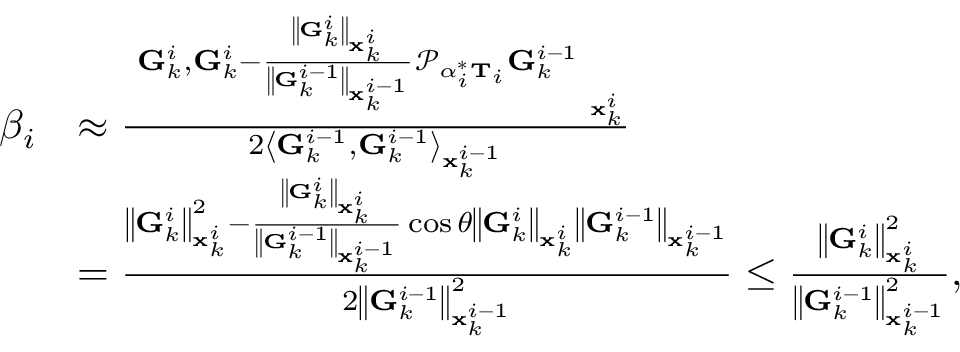
\begin{array} { r l } { \beta _ { i } } & { \approx \frac { \left\langle \mathbf { G } _ { k } ^ { i } , \mathbf { G } _ { k } ^ { i } - \frac { \left\| \mathbf { G } _ { k } ^ { i } \right\| _ { \mathbf { x } _ { k } ^ { i } } } { \left\| \mathbf { G } _ { k } ^ { i - 1 } \right\| _ { \mathbf { x } _ { k } ^ { i - 1 } } } \mathcal { P } _ { \alpha _ { i } ^ { * } \mathbf { T } _ { i } } \mathbf { G } _ { k } ^ { i - 1 } \right\rangle _ { \mathbf { x } _ { k } ^ { i } } } { 2 \left\langle \mathbf { G } _ { k } ^ { i - 1 } , \mathbf { G } _ { k } ^ { i - 1 } \right\rangle _ { \mathbf { x } _ { k } ^ { i - 1 } } } } \\ & { = \frac { \left\| \mathbf { G } _ { k } ^ { i } \right\| _ { \mathbf { x } _ { k } ^ { i } } ^ { 2 } - \frac { \left\| \mathbf { G } _ { k } ^ { i } \right\| _ { \mathbf { x } _ { k } ^ { i } } } { \left\| \mathbf { G } _ { k } ^ { i - 1 } \right\| _ { \mathbf { x } _ { k } ^ { i - 1 } } } \cos \theta \left\| \mathbf { G } _ { k } ^ { i } \right\| _ { \mathbf { x } _ { k } ^ { i } } \left\| \mathbf { G } _ { k } ^ { i - 1 } \right\| _ { \mathbf { x } _ { k } ^ { i - 1 } } } { 2 \left\| \mathbf { G } _ { k } ^ { i - 1 } \right\| _ { \mathbf { x } _ { k } ^ { i - 1 } } ^ { 2 } } \le \frac { \left\| \mathbf { G } _ { k } ^ { i } \right\| _ { \mathbf { x } _ { k } ^ { i } } ^ { 2 } } { \left\| \mathbf { G } _ { k } ^ { i - 1 } \right\| _ { \mathbf { x } _ { k } ^ { i - 1 } } ^ { 2 } } , } \end{array}